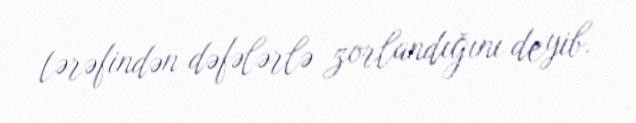
tərəfindən dəfələrlə zorlandığını deyib.